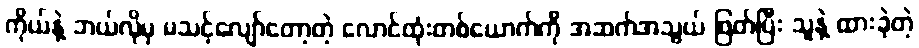
ကိုယ်နဲ့ ဘယ်လိုမှ မသင့်လျော်တော့တဲ့ လောင်ထုံးတစ်ယောက်ကို အဆက်အသွယ် ဖြတ်ပြီး သူနဲ့ ထားခဲ့တဲ့